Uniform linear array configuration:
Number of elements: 64
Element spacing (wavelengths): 1
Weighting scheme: hamming
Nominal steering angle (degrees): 30
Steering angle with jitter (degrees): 30.911
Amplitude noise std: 0.05
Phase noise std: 0.05

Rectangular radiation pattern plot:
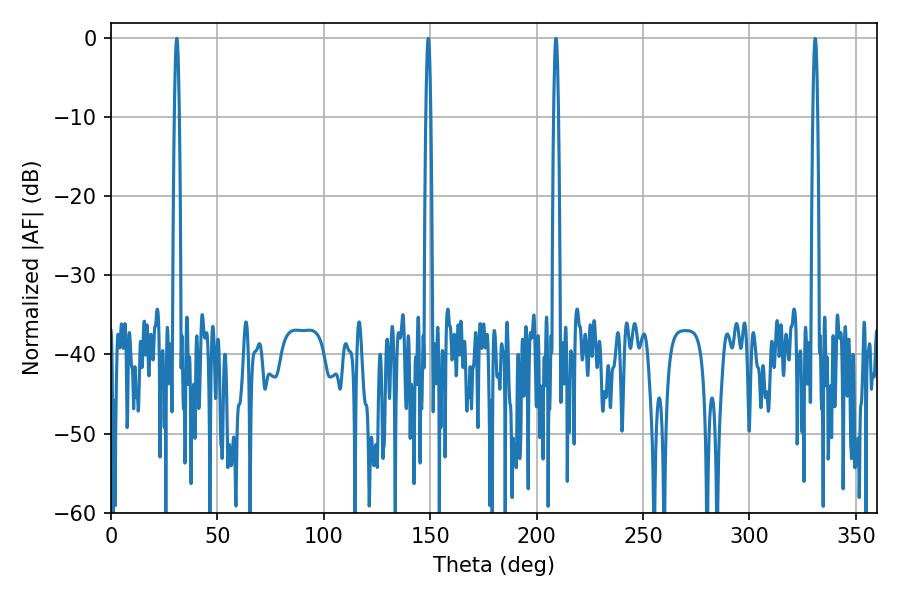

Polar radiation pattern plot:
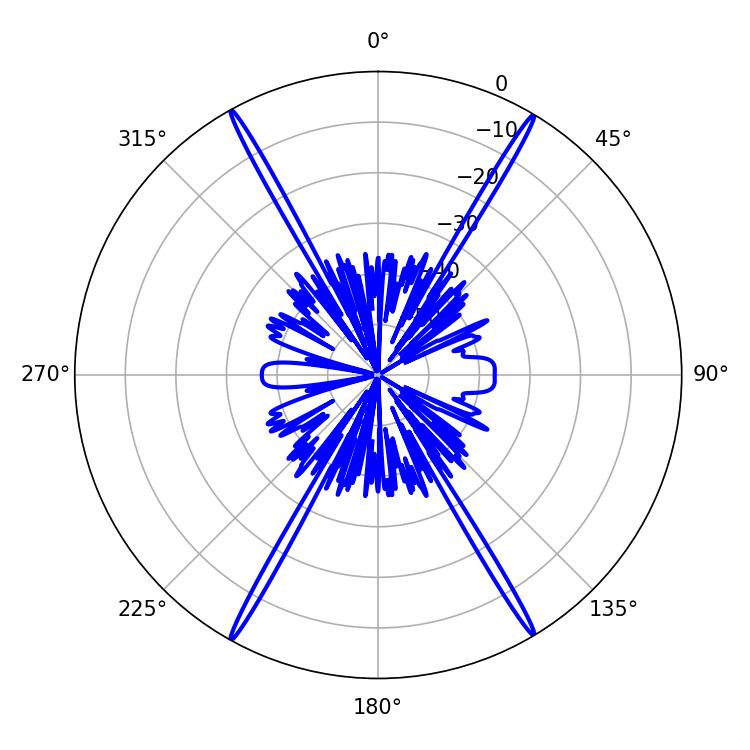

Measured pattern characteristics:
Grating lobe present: TRUE
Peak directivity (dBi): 30.465
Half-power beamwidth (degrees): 1.26
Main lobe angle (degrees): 149.04